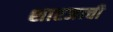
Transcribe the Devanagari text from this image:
शारजाची